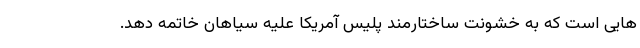
هایی است که به خشونت ساختارمند پلیس آمریکا علیه سیاهان خاتمه دهد.